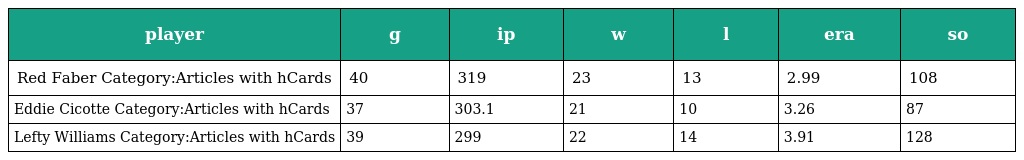
| player | g | ip | w | l | era | so |
 | --- | --- | --- | --- | --- | --- | --- |
 | Red Faber Category:Articles with hCards | 40 | 319 | 23 | 13 | 2.99 | 108 |
 | Eddie Cicotte Category:Articles with hCards | 37 | 303.1 | 21 | 10 | 3.26 | 87 |
 | Lefty Williams Category:Articles with hCards | 39 | 299 | 22 | 14 | 3.91 | 128 |